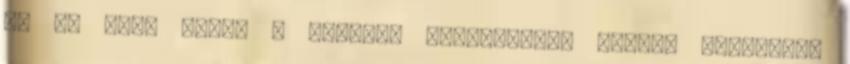
és jó hely volt. A legjobb műhelyeknek kijáró serleget,